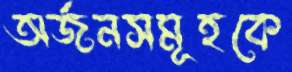
অর্জনসমূহকে